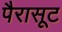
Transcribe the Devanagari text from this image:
पैरासूट